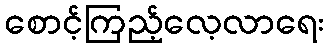
စောင့်ကြည့်လေ့လာရေး